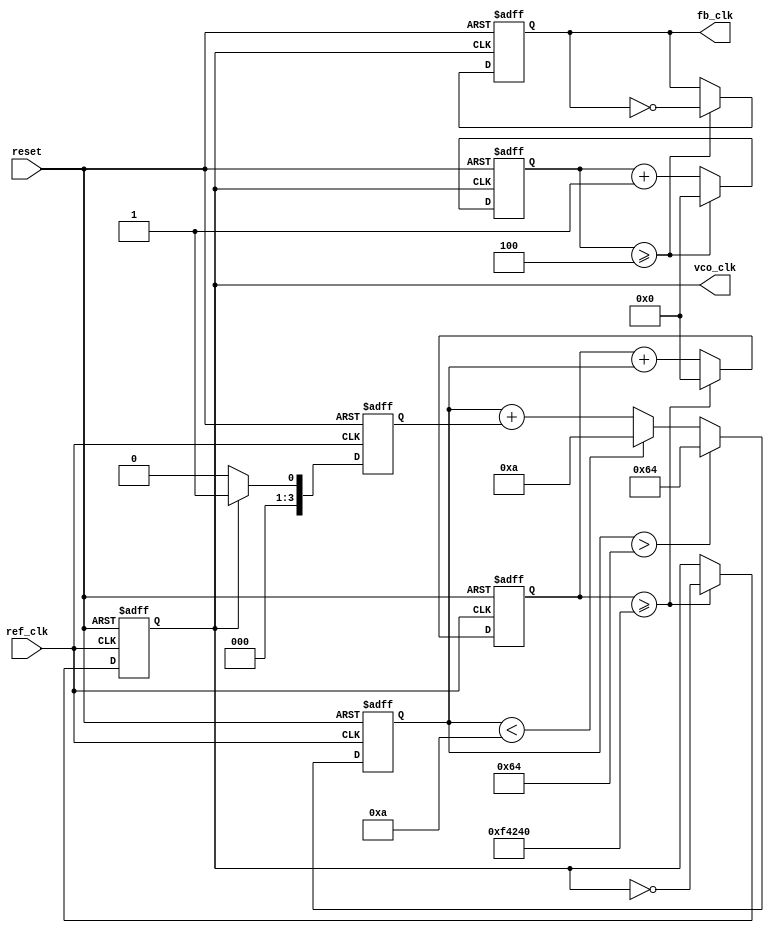
module pll (
    input wire ref_clk,        // Reference clock input
    input wire reset,         // Reset signal
    output reg vco_clk,       // VCO output clock
    output reg fb_clk         // Feedback clock
);

// Parameters
parameter DIV_RATIO = 4;    // Divider ratio for feedback clock
parameter VCO_MAX_FREQ = 100; // Maximum frequency of VCO (in MHz)
parameter VCO_MIN_FREQ = 10;  // Minimum frequency of VCO (in MHz)

// Internal signals
reg [3:0] phase_error;       // Phase error signal
reg [7:0] VCO_ctrl;          // Control voltage for VCO
reg [7:0] loop_filter_out;   // Output of loop filter
reg [31:0] vco_counter;      // Counter for VCO frequency generation
reg [31:0] fb_counter;       // Counter for feedback clock generation

// Phase Detector (PD)
always @(posedge ref_clk or posedge reset) begin
    if (reset) begin
        phase_error <= 0;
    end else begin
        // Simple phase error detection logic (for demonstration)
        if (vco_clk) begin
            phase_error <= 1; // Feedback clock is leading
        end else begin
            phase_error <= 0; // Feedback clock is lagging
        end
    end
end

// Loop Filter
always @(posedge ref_clk or posedge reset) begin
    if (reset) begin
        loop_filter_out <= 0;
    end else begin
        // Simple loop filter (integrator)
        loop_filter_out <= loop_filter_out + phase_error;
        // Limit control voltage to VCO range
        if (loop_filter_out > VCO_MAX_FREQ) begin
            loop_filter_out <= VCO_MAX_FREQ;
        end else if (loop_filter_out < VCO_MIN_FREQ) begin
            loop_filter_out <= VCO_MIN_FREQ;
        end
    end
end

// Voltage-Controlled Oscillator (VCO)
always @(posedge ref_clk or posedge reset) begin
    if (reset) begin
        vco_counter <= 0;
        vco_clk <= 0;
    end else begin
        // VCO frequency generation based on control voltage
        vco_counter <= vco_counter + loop_filter_out;
        if (vco_counter >= (100000000 / VCO_MAX_FREQ)) begin
            vco_clk <= ~vco_clk; // Toggle VCO clock
            vco_counter <= 0;
        end
    end
end

// Feedback Divider
always @(posedge vco_clk or posedge reset) begin
    if (reset) begin
        fb_counter <= 0;
        fb_clk <= 0;
    end else begin
        fb_counter <= fb_counter + 1;
        if (fb_counter >= DIV_RATIO) begin
            fb_clk <= ~fb_clk; // Toggle feedback clock
            fb_counter <= 0;
        end
    end
end

endmodule